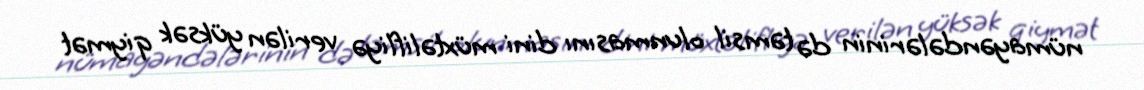
nümayəndələrinin də təmsil olunmasını dini müxtəlifliyə verilən yüksək qiymət